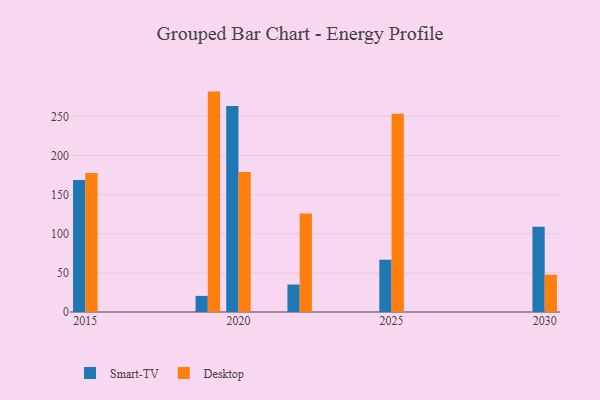
{"axis": {"x": "Year", "y": "Energy Usage (MWh)"}, "legend": ["Desktop", "Smart-TV"], "data": [{"x": "2030", "y": 108.9, "type": "Smart-TV"}, {"x": "2030", "y": 47.6, "type": "Desktop"}, {"x": "2020", "y": 263.1, "type": "Smart-TV"}, {"x": "2020", "y": 178.9, "type": "Desktop"}, {"x": "2022", "y": 35.1, "type": "Smart-TV"}, {"x": "2022", "y": 125.9, "type": "Desktop"}, {"x": "2025", "y": 66.8, "type": "Smart-TV"}, {"x": "2025", "y": 253.3, "type": "Desktop"}, {"x": "2019", "y": 20.6, "type": "Smart-TV"}, {"x": "2019", "y": 281.6, "type": "Desktop"}, {"x": "2015", "y": 168.7, "type": "Smart-TV"}, {"x": "2015", "y": 177.5, "type": "Desktop"}]}